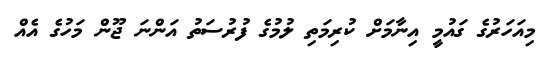
މިއަހަރުގެ ގައުމީ އިނާމަށް ކުރިމަތި ލުމުގެ ފުރުސަތު އަންނަ ޖޫން މަހުގެ އެއް